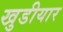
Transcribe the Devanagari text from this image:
खुडीयार